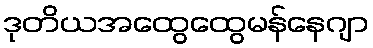
ဒုတိယအထွေထွေမန်နေဂျာ